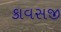
કાવસજી